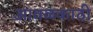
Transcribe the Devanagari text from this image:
आवळकाठी